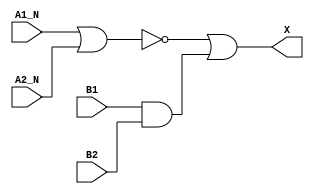
module sky130_fd_sc_ms__a2bb2o_6 (
    X   ,
    A1_N,
    A2_N,
    B1  ,
    B2
);
    output X   ;
    input  A1_N;
    input  A2_N;
    input  B1  ;
    input  B2  ;
    wire and0_out ;
    wire nor0_out ;
    wire or0_out_X;
    and and0 (and0_out , B1, B2            );
    nor nor0 (nor0_out , A1_N, A2_N        );
    or  or0  (or0_out_X, nor0_out, and0_out);
    buf buf0 (X        , or0_out_X         );
endmodule